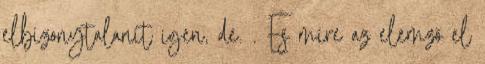
elbizonytalanít igen, de. . És mire az elemző el